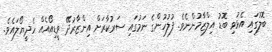
ބޮލުގައި އެޅުވި ބޮޑު އިލްޒާމުންނެވެ. ފުލުހުންގެ ނަމުގައި ސަރުކާރަށް އިންޒާރުދޭ ވީޑިއޯއެއް ހެދީޔޯލައެވެ.